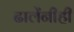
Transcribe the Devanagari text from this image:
ढालेंनीही